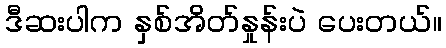
ဒီဆးပါက နှစ်အိတ်နှုန်းပဲ ပေးတယ်။